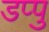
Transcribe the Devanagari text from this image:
डप्पु